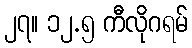
၂၇။ ၁၂.၅ ကီလိုဂရမ်